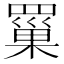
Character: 罺